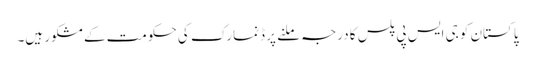
پاکستان کو جی ایس پی پلس کا درجہ ملنے پر ڈنمارک کی حکومت کے مشکور ہیں۔